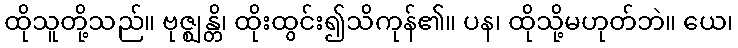
ထိုသူတို့သည်။ ဗုဇ္ဈန္တိ၊ ထိုးထွင်း၍သိကုန်၏။ ပန၊ ထိုသို့မဟုတ်ဘဲ။ ယေ၊